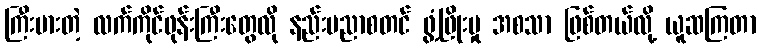
ကြီးမားတဲ့ လက်ကိုင်ဖုန်းကြီးတွေလို နည်းပညာစတင် ဖွံ့ဖြိုးမှု အစသာ ဖြစ်တယ်လို့ ယူဆကြတာ